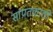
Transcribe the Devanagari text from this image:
सांप्रतकाली